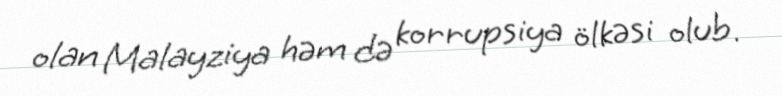
olan Malayziya həm də korrupsiya ölkəsi olub.